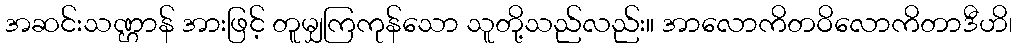
အဆင်းသဏ္ဌာန် အားဖြင့် တူမျှကြကုန်သော သူတို့သည်လည်း။ အာလောကိတဝိလောကိတာဒီဟိ၊